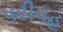
પરીવહ